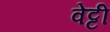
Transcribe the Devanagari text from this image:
वेट्टी